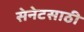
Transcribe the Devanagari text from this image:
सेनेटसाठी